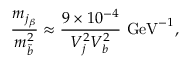
\frac { m _ { j _ { \beta } } } { m _ { \tilde { b } } ^ { 2 } } \approx \frac { 9 \times 1 0 ^ { - 4 } } { V _ { j } ^ { 2 } V _ { b } ^ { 2 } } \, \, \mathrm { G e V } ^ { - 1 } ,